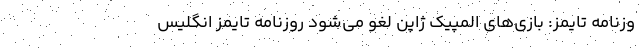
وزنامه تایمز: بازی‌های المپیک ژاپن لغو می‌شود روزنامه تایمز انگلیس